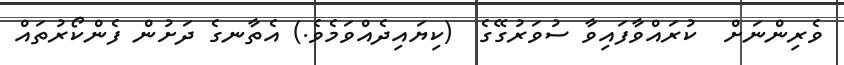
ވެރިންނަށް  ކުރައްވާފައިވާ ސުވަރުގޭގެ  (ކިޔައިދެއްވަމެވެ.) އެތާނގެ ދަށުން ފެންކޯރުތައް